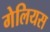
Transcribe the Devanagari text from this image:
गेलियस